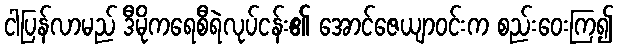
ငါပြန်လာမည် ဒီမိုကရေစီရဲလုပ်ငန်း၏ အောင်ဇေယျာဝင်းက စည်းဝေးကြ၍